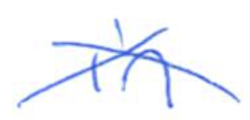
Text: in
Cross-out: cross
Writing tool: ballpoint